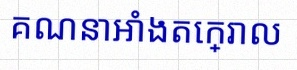
គណនាអាំងតេក្រាល